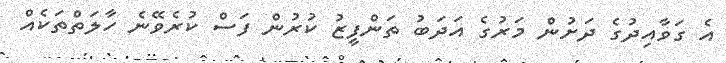
އެ ގަވާއިދުގެ ދަށުން މަރުގެ އަދަބު ތަންފީޒު ކުރުން ފަސް ކުރެވޭނެ ހާލަތްތަކެއް